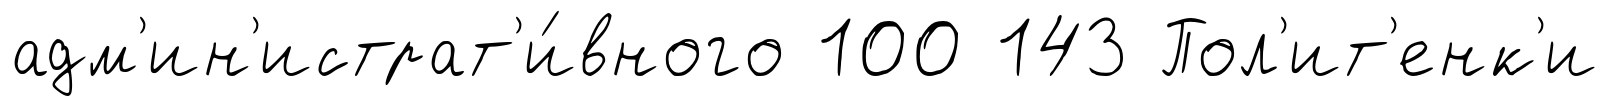
адм'ин'истрат'и́вного 100 143 Пол'ит'енк'и